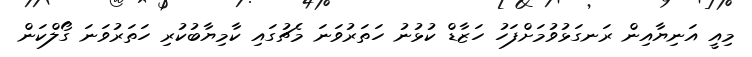
މިއީ އަނިޔާއިން ރަނގަޅުވުމަށްފަހު ހަޒާޑް ކުޅުނު ހަތަރުވަނަ މެޗުގައި ކާމިޔާބުކުރި ހަތަރުވަނަ ގޯލްކަން